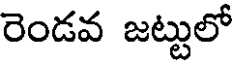
రెండవ జట్టులో